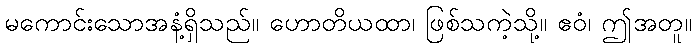
မကောင်းသောအနံ့ရှိသည်။ ဟောတိယထာ၊ ဖြစ်သကဲ့သို့။ ဧဝံ၊ ဤအတူ။